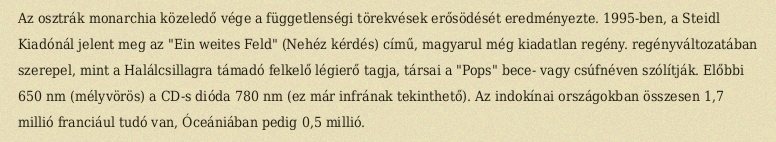
Az osztrák monarchia közeledő vége a függetlenségi törekvések erősödését eredményezte. 1995-ben, a Steidl Kiadónál jelent meg az "Ein weites Feld" (Nehéz kérdés) című, magyarul még kiadatlan regény. regényváltozatában szerepel, mint a Halálcsillagra támadó felkelő légierő tagja, társai a "Pops" bece- vagy csúfnéven szólítják. Előbbi 650 nm (mélyvörös) a CD-s dióda 780 nm (ez már infrának tekinthető). Az indokínai országokban összesen 1,7 millió franciául tudó van, Óceániában pedig 0,5 millió.